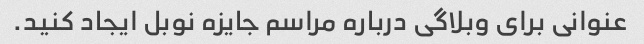
عنوانی برای وبلاگی درباره مراسم جایزه نوبل ایجاد کنید.